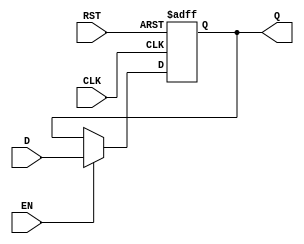
module input_register #(
    parameter WIDTH = 8  // Parameterizable width for the register (default is 8 bits)
)(
    input  wire [WIDTH-1:0] D,      // Data Input
    input  wire CLK,                  // Clock
    input  wire RST,                  // Reset
    input  wire EN,                   // Enable (optional)
    output reg  [WIDTH-1:0] Q         // Data Output
);

// Synchronous Reset
// This block captures the data on the rising edge of the clock. If reset
// is low, Q will be set to zero. The register updates only if enabled.
always @(posedge CLK or posedge RST) begin
    if (RST) begin
        Q <= {WIDTH{1'b0}}; // Asynchronous reset to 0
    end else if (EN) begin
        Q <= D; // Capture data at the clock edge if enabled
    end
end

endmodule